Vital statistics of India. Vol. V, Reports of 1876 on armies & jails and on epidemic cholera
Year: 1876
Disease focus: Cholera
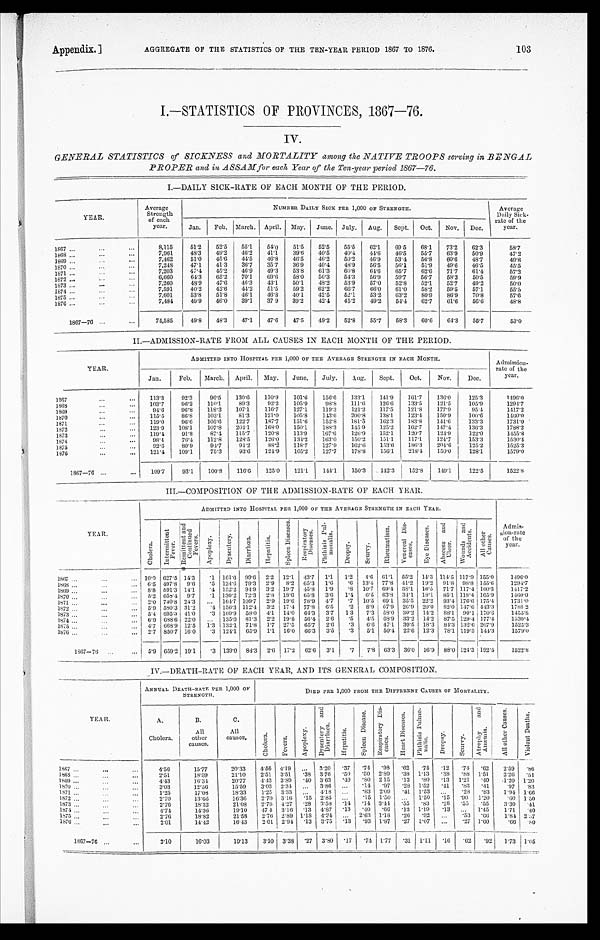
Appendix.]
AGGREGATE OF THE STATISTICS OF THE TEN-YEAR PERIOD 1867 TO 1876.
103
I.—STATISTICS OF PROVINCES, 1867—76.
IV.
GENERAL STATISTICS of SICKNESS and MORTALITY among the NATIVE TROOPS serving in BENGAL
PROPER and in ASSAM for each Year of the Ten-year period 1867-76.
I . — D A I L Y S I C K - R A T E O F E A C H M O N T H O F T H E P E R I O D .
Y E A R .
Average
Strength
of each
year.
NUMBER DAILY SICK PER 1,000 OF STRENGTH.
Average
Daily Sick-
rate
rate of the
year.
Jan.
Feb. March. April. May. June. July.
Aug.
Sept.
Oct.
Nov. Dec.
1867 . . .
8,115
51.2
52.5
55.1
54.0
51.5
52.5
55.5
62.1
69.5
68.1
73.2
62.3
5 8 . 7
7,961
48.3
49.2
46.2
41.1
39.6
40.5
40.4
44.6
46.5
55.7
63.9
50.9
47.2
1868 . . .
7,462
51.0
45.6
44.5
46.8
46.5
46.2
50.2
46.9
53.4
56.8
60.6
48.7
49.8
1869 . . .
7,248
47.1
41.3
36.7
35.7
36.9
40.4
48.9
56.5
56.1
51.9
49.6
46.5
45.5
1870 . . .
7,203
47.4
45.2
46.9
49.3
53.8
61.3
60.8
64.6
65.7
62.6
71.7
61.4
57.2
1871 . . .
6,660
64.3
65.2
70.1
69.6
58.0
56.3
54.3
56.9
59.7
56.7
58.3
50.5
59.9
1872 . . .
7,260
48.9
47.6
46.3
43.1
50.1
48.2
53.9
57.0
52.8
52.1
52.7
49.2
5 0 . 0
1873 . . .
7,591
40.2
42.6
44.2
51.5
59.2
62.2
66.7
66.0
61.0
58.2
59.5
57.1
55.5
1874 . . .
7,601
53.8
51.8
46.1
46.
40.1
42.5
52.1
53.2
63.2
80.9
86.9
70.8
57.6
1875 . . .
7,484
49.9
46.0
39.1
37 9
39.2
42.4
45.2
49.2
54.4
62.7
61.6
56.6
4 8 . 8
1876 . . .
1867—76 . . .
74,585
49.8
48.3
47.1
47.6
47.5
49.2
52.8
55.7
58.3
60.6
64.3
55.7
53.0
II.—ADMISSION-RATE FROM ALL CAUSES IN EACH MONTH OF THE PERIOD.
YEAR.
ADMITTED INTO HOSPITAL PER 1,000 OF THE AVERAGE STRENGTH IN EACH MONTH.
Admission-
rate of the
year.
Jan.
Feb.
March. April.
M ay.
June.
July.
Aug.
Sept.
Oct.
Nov.
Dec.
1867 . . .
113.3
92.3
96.5
130.6
110.9
101.6
156.6
133.1
141.9
161.7
136.0
125.3
1496.0
103.7
96.2
110.1.
89.3
92.2
105.9
98.8
111.6
126.6
133.5
121.5
105.9
1294.7
1 8 6 8 . . .
94.6
96.8
118.3
107.1
116.7
127.1
119.3
121.2
117.5
121.8
177.9
95.4
1417.2
1869 . . .
115.5
86.8
103.1
81.3
121.0
105.8
143.6
200.8
138.1
123.4
150.9
100.6
1460.0
1 8 7 0 . . .
119.0
96.6
105.6
122.7
187.7
151.6
152.8
181.5
162.3
183.8
141.6
133.3
1731.0
1871 . . .
123.9
108.1
107.8
204.1
168.0
150.1
188.3
145.9
125.2
162.7
147.4
136.3
1788.2
1872 . . .
119.4
91.8
87.4
115.7
120.8
113.9
167.6
126.9
152.1
120.7
124.9
122.0
1455.8
1873 . . .
98.4
76.4
112.8
128.5
126.0
134.2
163.0
150.2
151.1
117.1
124.7
153.3
1530.4
1874 . . .
92.6
80.9
94.7
94.2
88.2
118.7
127.9
162.6
153.6
186.3
204.6
125.2
1525.3
1875 . . .
121.4
109.1
75.3
93.6
124.9
105.2
127.7
178.8
156.1
218.4
150.0
128.1
1579.0
1876 . . .
1867—76 . . .
1 0 9 . 7
93.1
100.8
116.6 125.0
1 2 1 . 1
144.1
150.3
142.3
152.8
149.1
122.5
1522.8
III.—COMPOSITION OF THE ADMISSION-RATE OF EACH YEAR.
Y E A R.
ADMITTED INTO HOSPITAL PER 1,000 OF THE AVERAGE STRENGTH IN EACH YEAR.
Admi s - gi on- r at e of t he year .
C h o l e r a .
I n t e r m i t t e n t F e v e r . R e m i t t e n t a n d C o n t i n u e d F e v e r .
A p o p l e v y .
D y s e n t e r y .
D i a r r h œ a .
H e p a t i t i s .
S p l e e n D i s e a s e s .
R e s p i r a t o r y D i s e a s e s . P h t h i s i s P u l - m o n a l i s .
D r o p s y .
S e u r v y .
R h e u m a t i s m .
V e n e r e a l D i s - e a s e s .
E y e Di s e a s e s . Ab s c e s s a n d Ul c e r .
W o u n d s a n d A c c i d e n t s .
A l l o t h e r C a u s e s .
1867 . . .
10.0 627.5 14.3
.1 161.6 99.6 2.2 12.1 43.7 1.1
1.2
4.6 61.1 55.2 14.3 114.5 117.9 155.0
1496.0
1868 . . .
6.5 497.8
9.6 .5 124.6 79.3 2.9 8.2 65.3 1.6
.6 13.4 77.8 41.2 19.2 91.8 98.8 155.6
1294.7
1869 . . .
8.8 591.3 14.1
.4 152.2 94.9 3.2 19.7 45.8 1.9
.8 10.7 69.4 38.1 16.5 71.7 117.4 160.3
1417.2
1870 . . .
5.2 658.4 9.7
.1 130.2 72.3 2.8 18.6 65.8 3.6
1.4 6.5 63.8 34.1 18..1 85.1 118.4 165.9
1460.0
1871 . . .
2.0 740.8 24.3
. . . 164.7 109.7 2.9 19.6 78.9 4.7
.7 10.5 69.1 35.5 22.2
93.4 176.6 175.4
1731.0
1872 . . .
5.9 580.3 31.2
.4 156.3 112.4 3.2 17.4 77.8 6.5 .2
8.9 67.9 26.9 20.0 82.0 147.6 443.3
1788.2
1873 . . .
5.4 6953 41.0
.3 109.9 58.0
4 . 1 14.0 64.3 3.7
1.3
7.3 58.0 30.2 14.2 88.1 90.1 170.6
1455.8
1874 . . .
6.9 688.6 22.0
. . . 135.0 81.3 2.2 19.8 56.4 2.6
.5
4.5 68.9 33.2 14.2 87.5 129.4 177.4
1530.4
1875 . . .
4.7 668.9 12.5
1.3 132.1 71.8 1.7 27.5 65.7 2.6
.3
6 . 6 47.1 39.5 18.3 84.3 132.6 207.9
1525.3
1876 . . .
2.7 850.7 16.0
.3 124.1 65.9 1.1 16.0 66.3 3.5
.3
5.1 50.4 22.6 12.3 78.1 119.3 144.3
1579.0
1867—76 . . . 5.9 659.2 19.1 .3 139.0 84.3 2.6 17.2 62.6 3.1 .7
7.8 63.3 36.0 16.9 88.0 124.3 192.5
1522.8
IV.—DEATH-RATE OF EACH YEAR, AND ITS GENERAL COMPOSITION.
Y E A R .
ANNUAL DEATH-RAT E PER 1,000 OF
STRENGTH.
DIED PER 1,000 FROM THE DIFFERENT CAUSES OF MORTALITY.
A.
Cholera.
B.
All
other
c a u s e s .
C .
All
causes.
C h o l e r a .
Fever s.
A p o p l e x y .
D y s e n t e r y a n d D i a r r h œ a .
H e p a t i t i s .
S p l e e n D i s e a s e . R e s p i r a t o r y D i s - e a s e s .
H e a r t D i s e a s e s .
P h t h i s i s P u l m o - n a l i s .
D r o p s y .
S c u r v y .
A t r o p h y a n d A n æ m i a .
A l l o t h e r C a u s e s .
V i o l e n t D o a t h s .
1 8 6 7 . . .
4.56
15.77
20.33
4.56 4.19
. . . 3.20
. 3 7
.74 .98
.62 .74
. 12 .74 .62
2.59
.86
1868 . . .
2.51
18.59
21.10
2.51 3.51
.38 3.76
. 5 0
.50 2.89
.38 1.13
. 38 .88 1.51
2.26 .51
1869 . . .
4.43
16.34
20.77
4.43 3.89
.40 3.63
. 4 0
.80 2.15
.13 .80
. 1 3 1.21 .40
.1.20 1.20
1870 . . .
3.03
12.56
15.59
3.03 2.34
. . . 3.86
. . .
.14 .97
.28 1.52
. 4 1 .83 .41
.97
.83
1871 . . .
1.25
17.08
18.33
1.25 3.33
. . . .18
. . .
.83 2.09
.41 1.53
. . .
.28 .83
1.94 1.66
1872 . . .
2.70
13.66
16.36
2.70 3.16
.15 2.85
. . .
.15 1.50
. . . 1.50
. 1 5 .90 1.20
.60 1.50
1873 . . .
2.76
18.32
2 1 . 0 8 2.76 4.27
. 28
33.58
. 1 4
.14 3.44
.55 .83
. 28 .55 .55
. 3 . 3 0 .41.
1874 . . .
4. 74
14.36
19.10
4 7.4 3.16
.13 4.87
. 1 3
.40 .66
.13 1.19
. 13
. . .
1.45
1.71
.40
1875 . . .
2.76
18.82
21.58
2.76 2.89 1.18 4.31
. . . 2.63 1.18
.26 .92
. . . .53
. 6 6
1.84 2.37
1876 . . .
2.01
14.42
16.43
2.01 294
.13 3.75
. 1 3 .93 1.87
.27 1.07
. . .
.27 1.60
.66
.80
1867—76 . . .
3.10
16.03
19.13
3.10 3.38
.27 3.80
. 1 7 .71 1.77
.31 1.11
. 16 .62 .92
1.73 1.05